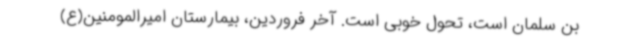
بن سلمان است، تحول خوبی است. آخر فروردین، بیمارستان امیرالمومنین(ع)